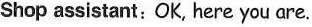
Shop assistant: OK, here you are.